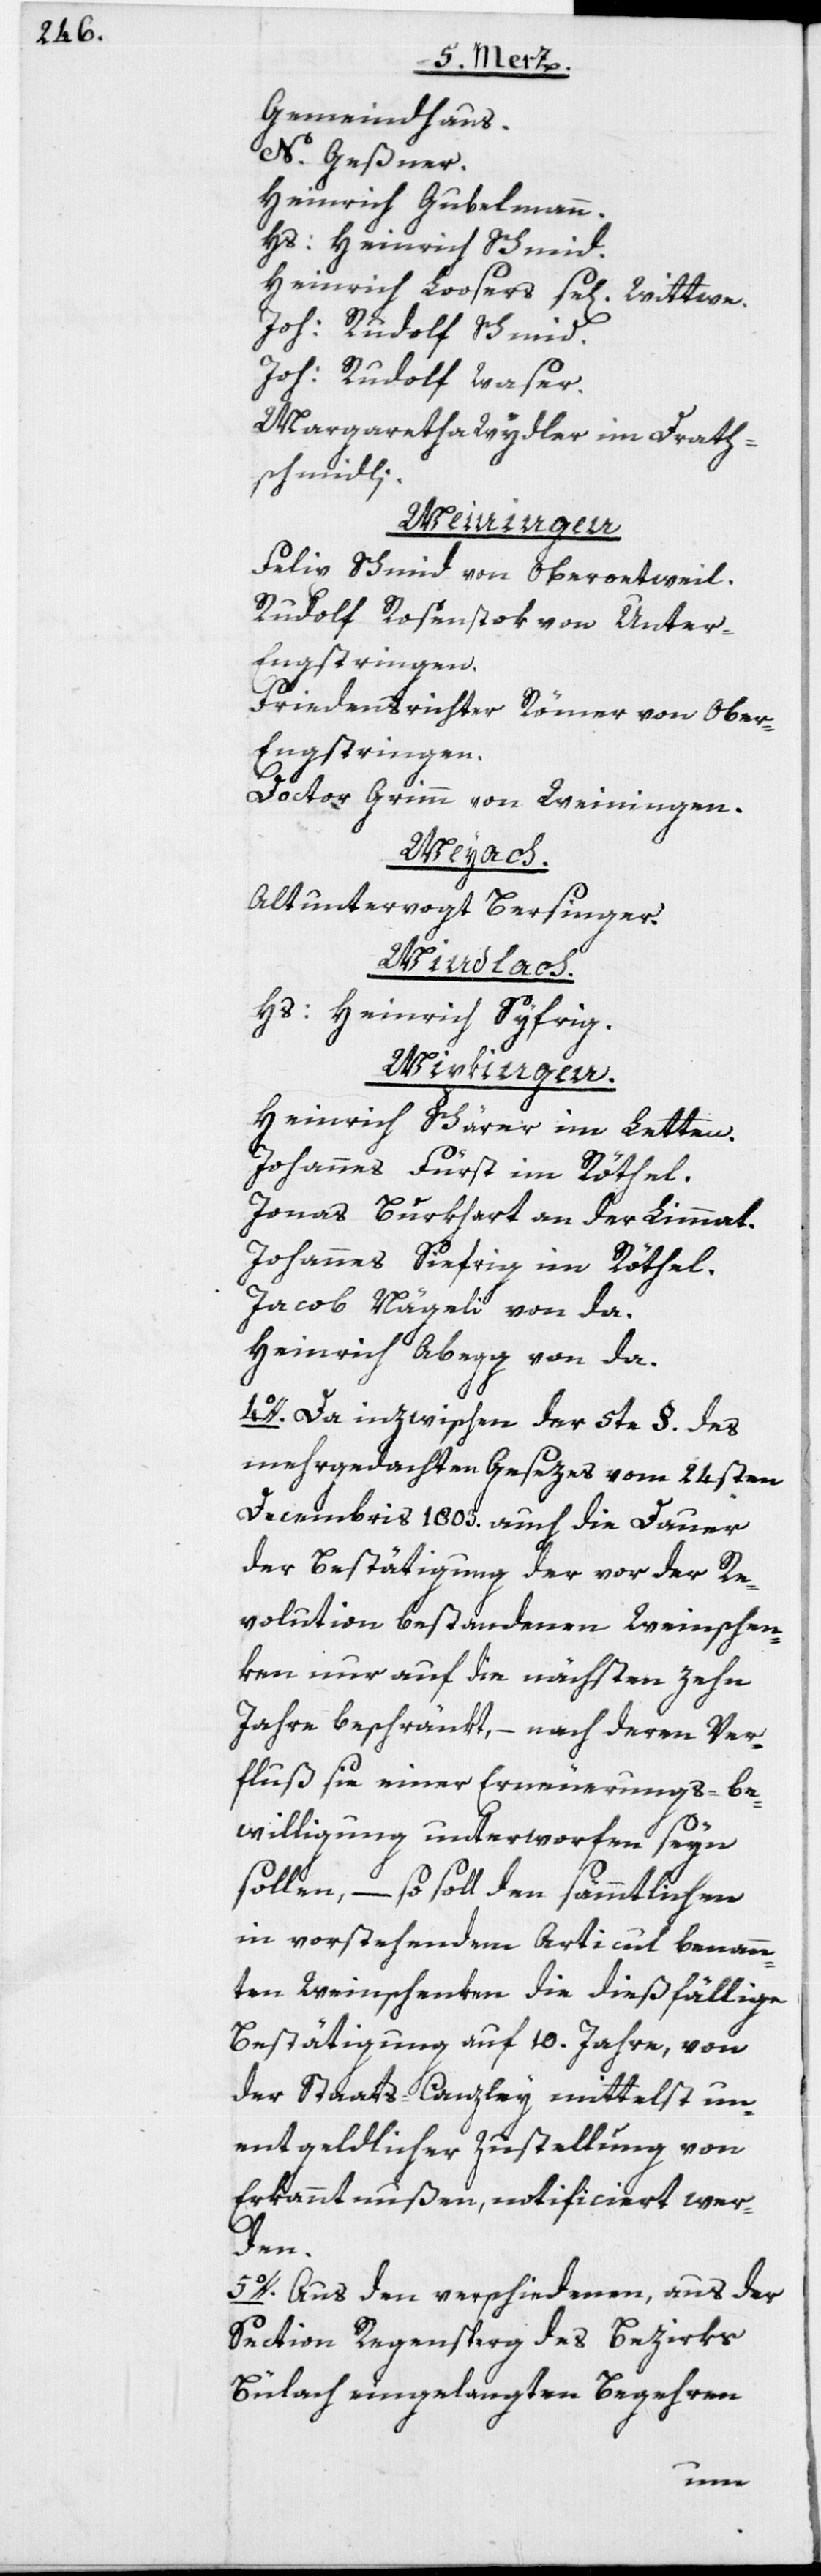
Gemeindhaus.
N. Geßner.
Heinrich Gubelmann.
Hs: Heinrich Schmid.
Heinrich Loosers se[lige] Wittwe.
Joh: Rudolf Schmid.
Joh: Rudolf Waser.
Margaretha Wydler im Drath¬
schmidli.
Weiningen.
Felix Schmid von Oberoetweil.
Rudolf Rosenstok von Unter-E¬
ngstringen.
Friedensrichter Römer von Obe¬
r-Engstringen.
Doctor Grimm von Weiningen.
Weyach.
Altuntervogt Bersinger.
Windlach.
Hs: Heinrich Syfrig.
Wipkingen.
Heinrich Schärer im Letten.
Johannes Fürst im Röthel.
Jonas Burkhart an der Limmat.
Johannes Siefrig im Röthel.
Jacob Nägeli von da.
Heinrich Abegg von da.
4o. Da inzwischen der 5te §. des
mehrgedachten Gesezes vom 24sten
Decembris 1803. auch die Dauer
der Bestätigung der vor der Re¬
volution bestandenen Weinschen¬
ken nur auf die nächsten zehn
Jahre beschränkt, – nach deren Ver¬
fluß sie einer Erneuerungs-be¬
willigung unterworfen seyn
sollen, – so soll den sämmtlichen
in vorstehendem Articul benann¬
ten Weinschenken die dießfällige
Bestätigung auf 10. Jahre, von
der Staats-Canzley mittelst un¬
entgeldlicher Zustellung von
Erkanntnußen, notificiert wer¬
den.
5o. Aus den verschiedenen, aus der
Section Regensperg des Bezirks
Bülach eingelangten Begehren